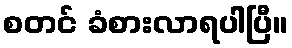
စတင် ခံစားလာရပါပြီ။